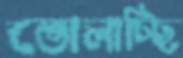
ভোলাচ্ছি